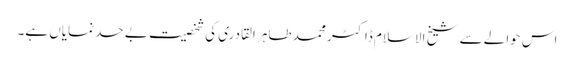
اس حوالے سے شیخ الاسلام ڈاکٹر محمد طاہر القادری کی شخصیت بے حد نمایاں ہے۔